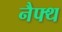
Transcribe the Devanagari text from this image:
नैफ्थ